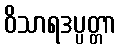
ဝိသာရဒပ္ပတ္တာ